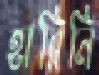
হারিনি